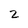
Character: 2